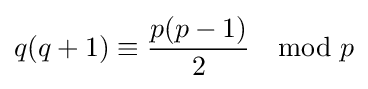
q(q+1)\equiv {\frac {p(p-1)}{2}}\mod p